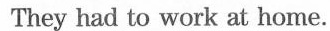
They had to work at home.